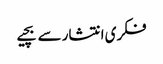
فکری انتشار سے بچیے